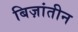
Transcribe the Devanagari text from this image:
बिज़ांतीन